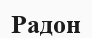
Радон